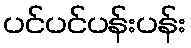
ပင်ပင်ပန်းပန်း